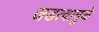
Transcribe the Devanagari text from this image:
जडत्वामुळे